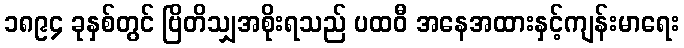
၁၈၉၄ ခုနှစ်တွင် ဗြိတိသျှအစိုးရသည် ပထဝီ အနေအထားနှင့်ကျန်းမာရေး